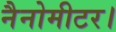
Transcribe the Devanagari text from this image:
नैनोमीटर।